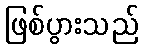
ဖြစ်ပွားသည်